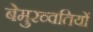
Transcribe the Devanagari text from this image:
बेमुरव्वतियों